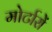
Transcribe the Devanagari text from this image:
मोर्टारों